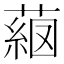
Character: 𦸖